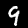
Digit: 9